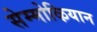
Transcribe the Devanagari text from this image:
सेम्मोऴियान